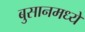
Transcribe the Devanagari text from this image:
बुसानमध्ये